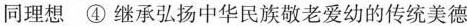
同理想 ④ 继承弘扬中华民族敬老爱幼的传统美德